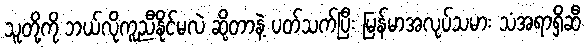
သူတို့ကို ဘယ်လိုကူညီနိုင်မလဲ ဆိုတာနဲ့ ပတ်သက်ပြီး မြန်မာအလုပ်သမား သံအရာရှိဆီ